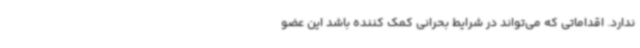
ندارد. اقداماتی که می‌تواند در شرایط بحرانی کمک کننده باشد این عضو